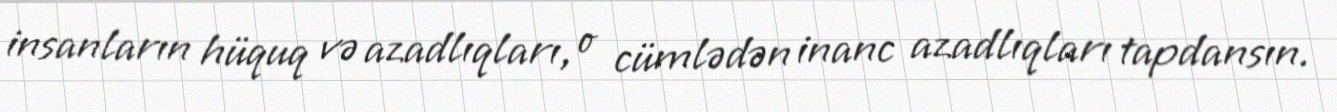
insanların hüquq və azadlıqları, o cümlədən inanc azadlıqları tapdansın.